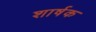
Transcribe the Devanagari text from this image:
शार्षक